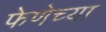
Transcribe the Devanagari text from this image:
फेणेच्या